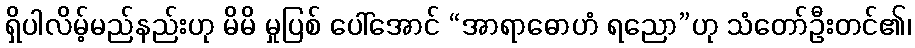
ရှိပါလိမ့်မည်နည်းဟု မိမိ မှုပြစ် ပေါ်အောင် “အာရာဓောဟံ ရညော”ဟု သံတော်ဦးတင်၏၊